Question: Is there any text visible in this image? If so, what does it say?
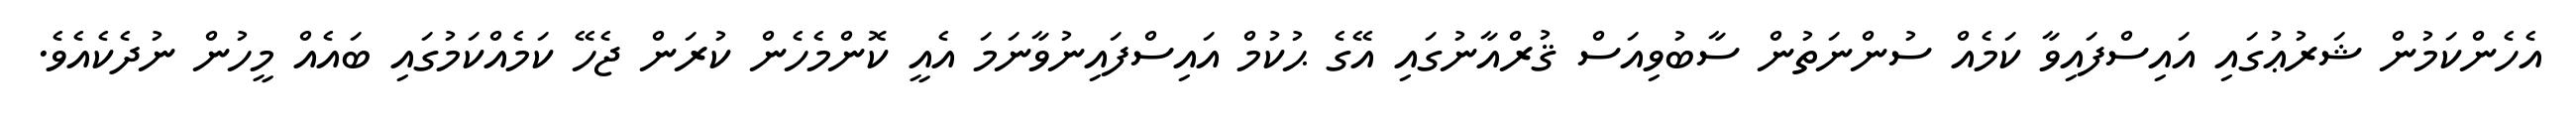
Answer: އެހެންކަމުން ޝަރުޢުގައި އައިސްފައިވާ ކަމެއް ސުންނަތުން ސާބުވިއަސް ޤުރްއާނުގައި އޭގެ ޙުކުމް އައިސްފައިނުވާނަމަ އެއީ ކޮންމެހެން ކުރަން ޖެހޭ ކަމެއްކަމުގައި ބައެއް މީހުން ނުދެކެއެވެ.